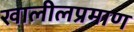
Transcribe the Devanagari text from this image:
खालीलप्रमाण